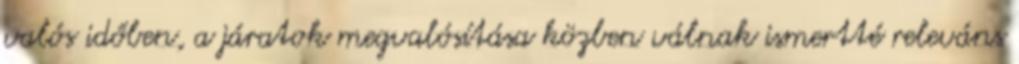
valós időben, a járatok megvalósítása közben válnak ismertté releváns